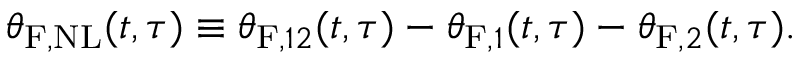
\theta _ { \mathrm { F , N L } } ( t , \tau ) \equiv \theta _ { \mathrm { F } , 1 2 } ( t , \tau ) - \theta _ { \mathrm { F } , 1 } ( t , \tau ) - \theta _ { \mathrm { F } , 2 } ( t , \tau ) .